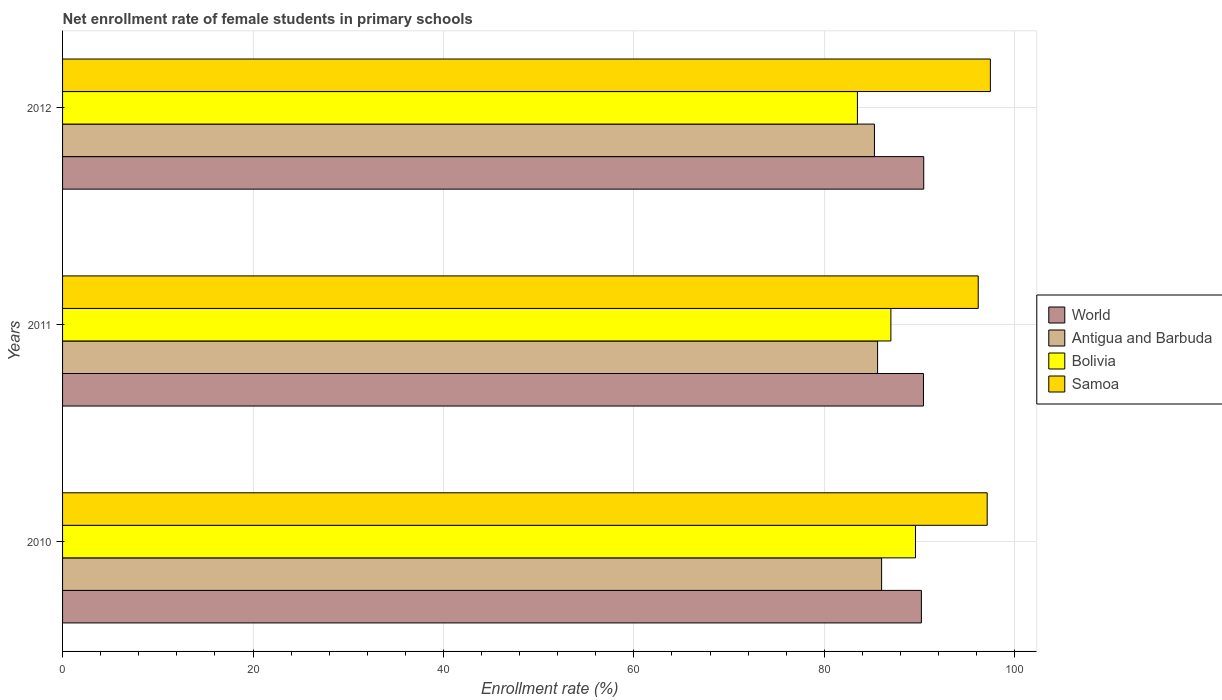
| Years | World | Antigua and Barbuda | Bolivia | Samoa |
 | --- | --- | --- | --- | --- |
 | 2010 | 90.2 | 86 | 89.6 | 97.1 |
 | 2011 | 90.4 | 85.6 | 87 | 96.2 |
 | 2012 | 90.4 | 85.3 | 83.5 | 97.4 |